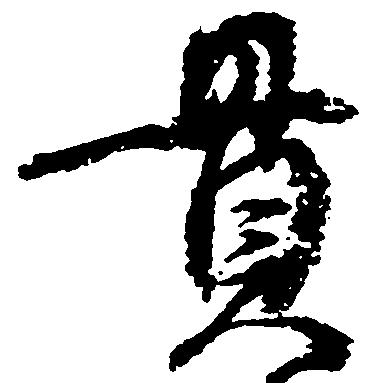
貫